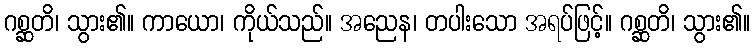
ဂစ္ဆတိ၊ သွား၏။ ကာယော၊ ကိုယ်သည်။ အညေန၊ တပါးသော အရပ်ဖြင့်။ ဂစ္ဆတိ၊ သွား၏။